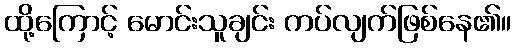
ထို့ကြောင့် မောင်းသူချင်း ကပ်လျက်ဖြစ်နေ၏။